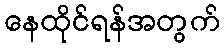
နေထိုင်ရန်အတွက်